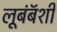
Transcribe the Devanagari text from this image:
लूबंबॅशी